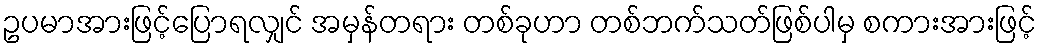
ဥပမာအားဖြင့်ပြောရလျှင် အမှန်တရား တစ်ခုဟာ တစ်ဘက်သတ်ဖြစ်ပါမှ စကားအားဖြင့်